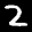
Label: 2